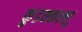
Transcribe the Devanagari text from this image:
कुडक्कल्लु